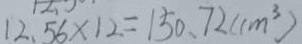
1 2 . 5 6 \times 1 2 = 1 5 0 . 7 2 ( c m ^ { 3 } )